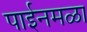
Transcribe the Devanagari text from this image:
पाईनमळा